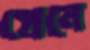
প্রেনে